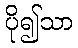
ပို၍သာ